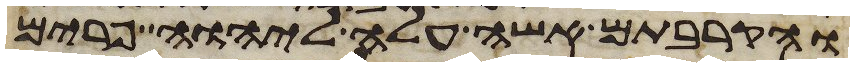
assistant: והקרבתם אשה עלה ליהוה פרים